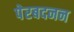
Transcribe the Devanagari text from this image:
पेरबदनन